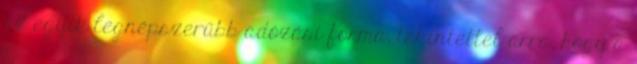
az egyik legnépszerűbb adózási forma, tekintettel arra, hogy a